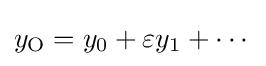
y_{\mathrm {O} }=y_{0}+\varepsilon y_{1}+\cdots